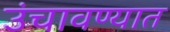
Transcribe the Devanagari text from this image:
उंचावण्यात